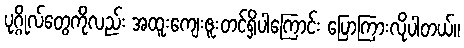
ပုဂ္ဂိုလ်တွေကိုလည်း အထူးကျေးဇူးတင်ရှိပါကြောင်း ပြောကြားလိုပါတယ်။